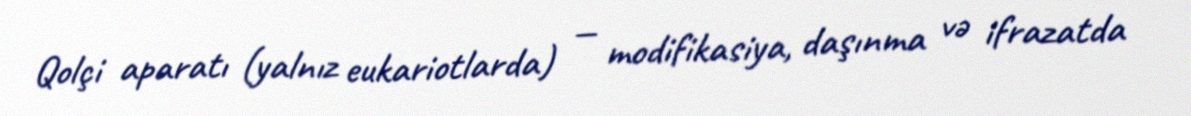
Qolçi aparatı (yalnız eukariotlarda) — modifikasiya, daşınma və ifrazatda